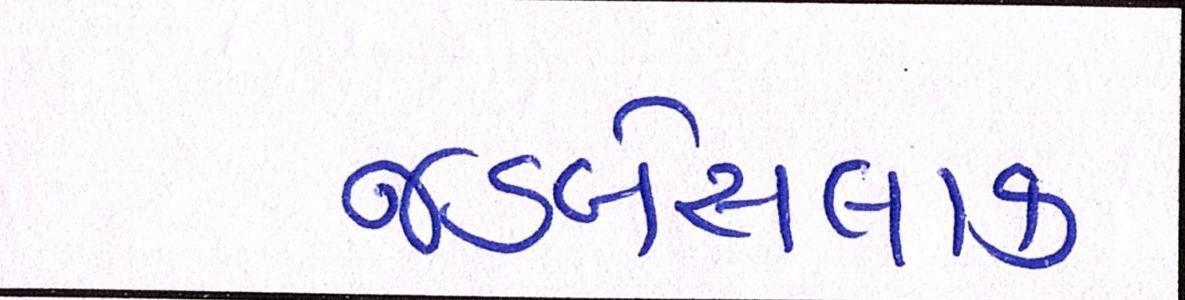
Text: જડબેસલાક